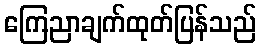
ကြေညာချက်ထုတ်ပြန်သည်